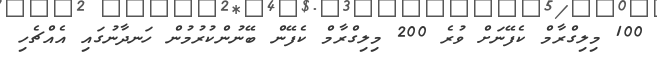
100 މިލިގްރާމް ކެފޭނަށް ވުރެ 200 މިލިގްރާމް ކެފޭން ބޭނުންކުރުމުން ހަނދާނުގައި އެއްޗެހި